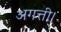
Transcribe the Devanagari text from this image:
अगत्ती।